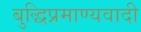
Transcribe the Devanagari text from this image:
बुद्धिप्रमाण्यवादी